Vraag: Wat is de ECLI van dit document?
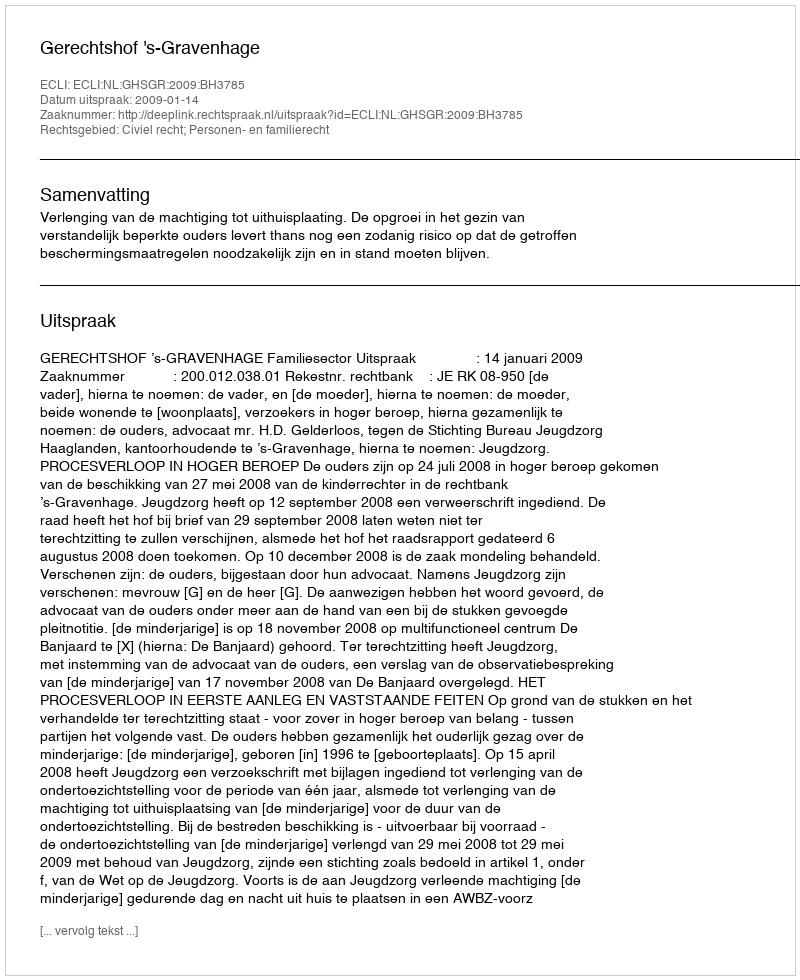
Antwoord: ECLI:NL:GHSGR:2009:BH3785